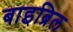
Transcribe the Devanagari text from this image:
बाइब्रिल